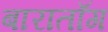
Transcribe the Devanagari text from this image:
बाराताँग